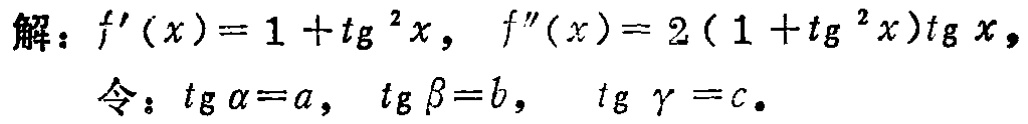
解：$f^{\prime}(x)=1+\mathrm{tg}^{2}x,\ f^{\prime\prime}(x)=2(1 + \mathrm{tg}^{2}x)\mathrm{tg}x,$

令：$\mathrm{tg}\alpha = a,\ \mathrm{tg}\beta = b,\ \mathrm{tg}\gamma = c.$